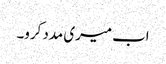
اب میری مدد کرو۔